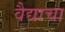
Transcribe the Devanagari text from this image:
वैद्याचा